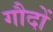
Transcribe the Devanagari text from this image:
गौदों